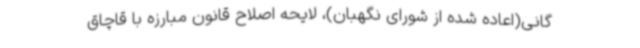
گانی(اعاده شده از شورای نگهبان)، لایحه اصلاح قانون مبارزه با قاچاق